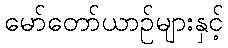
မော်တော်ယာဉ်များနှင့်